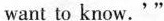
want to know.'"